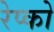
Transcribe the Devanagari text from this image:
रेप्को